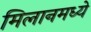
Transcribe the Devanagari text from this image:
मिलानमध्ये